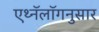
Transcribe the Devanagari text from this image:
एथ्नॅलॉगनुसार